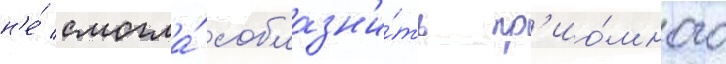
н'е́ смогла́ соблазн'и́ть пр'ио́много